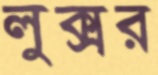
লুক্সর